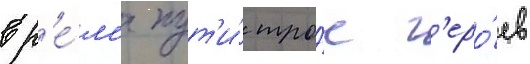
вр'е́м'я пут'и́ тро́е г'еро́ев